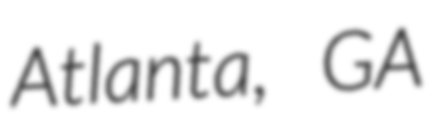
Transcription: Atlanta, GA